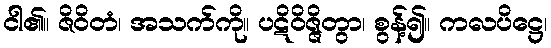
ငါ၏။ ဇိဝိတံ၊ အသက်ကို။ ပဋိဝိဇ္ဇိတွာ၊ စွန့်၍။ ကလပိဋ္ဌေ၊